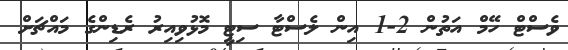
ވެސްޓް ހޭމް އަތުން 2-1 އިން ލެސްޓާ ސިޓީ މޮޅުވިއިރު ރެޑިންގެ މައްޗަށް